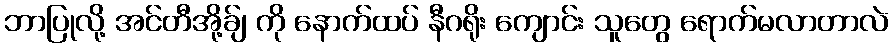
ဘာပြုလို့ အင်တီအို့ခ်ျ ကို နောက်ထပ် နီဂရိုး ကျောင်း သူတွေ ရောက်မလာတာလဲ